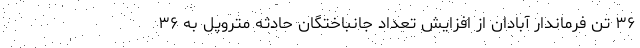
۳۶ تن فرماندار آبادان از افزایش تعداد جانباختگان حادثه متروپل به ۳۶